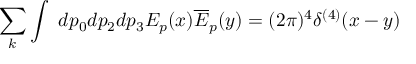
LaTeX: \sum _ { k } \int \ d p _ { 0 } d p _ { 2 } d p _ { 3 } E _ { p } ( x ) \overline { { { E } } } _ { p } ( y ) = ( 2 \pi ) ^ { 4 } \delta ^ { ( 4 ) } ( x - y )